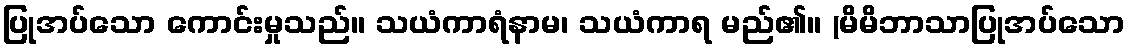
ပြုအပ်သော ကောင်းမှုသည်။ သယံကာရံနာမ၊ သယံကာရ မည်၏။ (မိမိဘာသာပြုအပ်သော